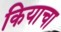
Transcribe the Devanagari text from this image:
कियाचा